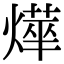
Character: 𭶂